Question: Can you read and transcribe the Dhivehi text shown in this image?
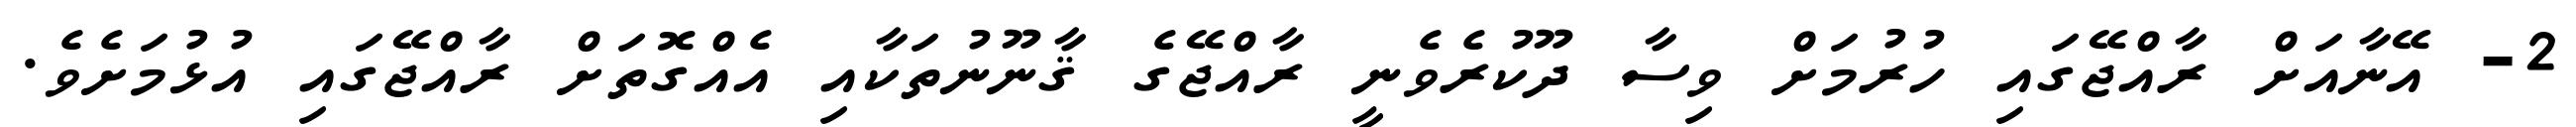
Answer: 2- އޭނާއަށް ރާއްޖޭގައި ހުރުމަށް ވިސާ ދޫކުރެވެނީ ރާއްޖޭގެ ޤާނޫނުތަކާއި އެއްގޮތަށް ރާއްޖޭގައި އުޅުމަށެވެ.